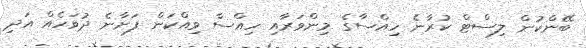
ބޭންކުން ލިސްޓް ކުރާނެ ހިއްސާގެ މިންވަރާއި ހިއްސާ ވިއްކަން ފަށާނެ ދުވަހެއް އަދި